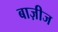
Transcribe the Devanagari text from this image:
बाज़ीज